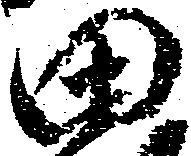
田